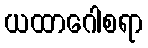
ယထာဂေါစရာ